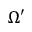
\Omega ^ { \prime }